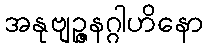
အနုဗျဉ္ဇနဂ္ဂါဟိနော